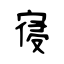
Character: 寑